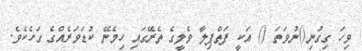
ވިހަ ގިގުނި()ނުވަތަ () އަކީ ފަތްޕިލާ ވެލީގެ ތެރޭގައި ހިމެނޭ ކުޑަވަރެއްގެ ގަހެކެވެ.